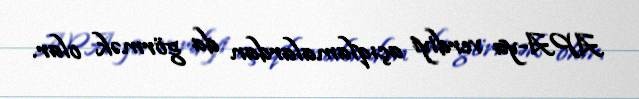
APA-ya verdiyi açıqlamalardan da görmək olar.